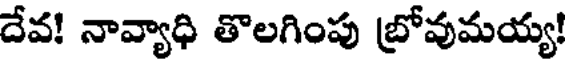
దేవ! నావ్యాధి తొలగింపు బ్రోవుమయ్య!